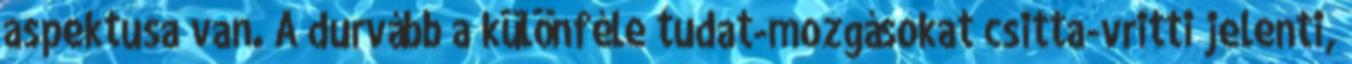
aspektusa van. A durvább a különféle tudat-mozgásokat csitta-vritti jelenti,